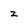
Character: z